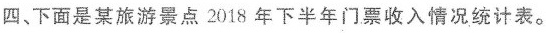
四、下面是某旅游景点2018年下半年门票收入情况统计表。